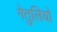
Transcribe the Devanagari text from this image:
गेतुलियो